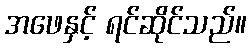
အဖေနှင့် ရင်ဆိုင်သည်။